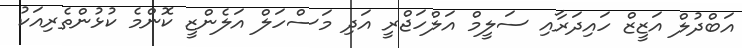
އަބްދުލް އަޒީޒް ހައިދަރާއި ސަލީމް އަލްހަޖްރީ އަދި މަސްހަލް އަލެންޒީ ކޮންމެ ކުޅުންތެރިއަކު